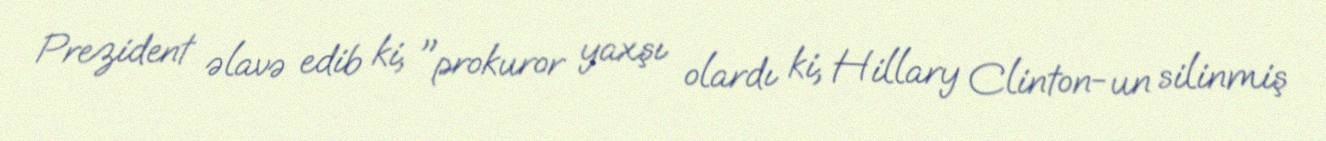
Prezident əlavə edib ki, "prokuror yaxşı olardı ki, Hillary Clinton-un silinmiş